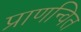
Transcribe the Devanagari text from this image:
प्राणन्वित